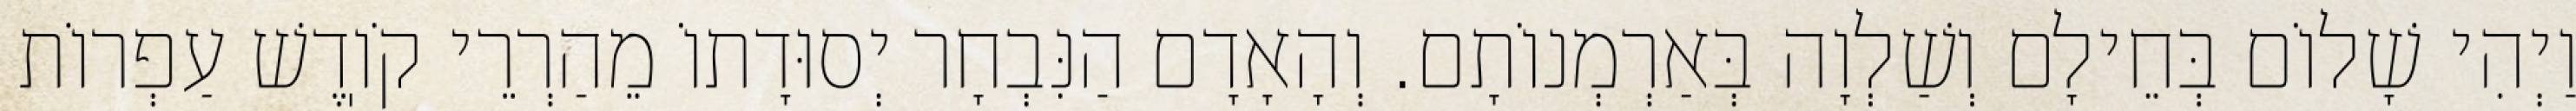
וַיְהִי שָׁלוֹם בְּחֵילָם וְשַׁלְוָה בְּאַרְמְנוֹתָם. וְהָאָדָם הַנִּבְחָר יְסוּדָתוֹ מֵהַרְרֵי קֹוֽדֶשׁ עַפְרוֹת